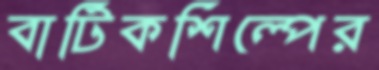
বাটিকশিল্পের